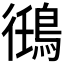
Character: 𬷘